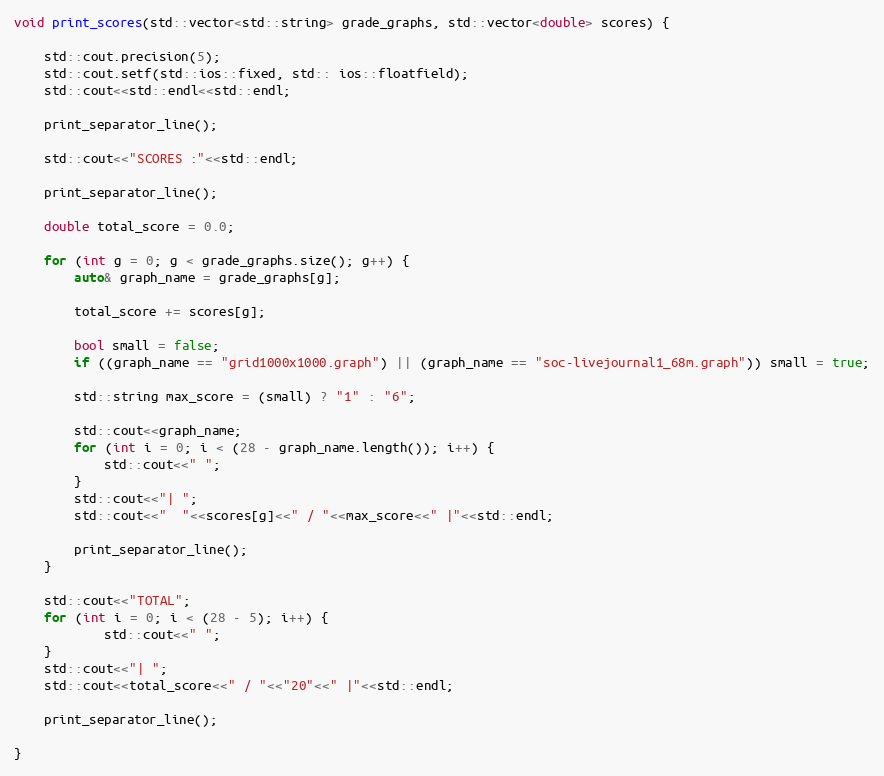
Language: C++
void print_scores(std::vector<std::string> grade_graphs, std::vector<double> scores) {

    std::cout.precision(5);
    std::cout.setf(std::ios::fixed, std:: ios::floatfield);
    std::cout<<std::endl<<std::endl;

    print_separator_line();

    std::cout<<"SCORES :"<<std::endl;

    print_separator_line();

    double total_score = 0.0;

    for (int g = 0; g < grade_graphs.size(); g++) {
        auto& graph_name = grade_graphs[g];

        total_score += scores[g];

        bool small = false;
        if ((graph_name == "grid1000x1000.graph") || (graph_name == "soc-livejournal1_68m.graph")) small = true;

        std::string max_score = (small) ? "1" : "6";

        std::cout<<graph_name;
        for (int i = 0; i < (28 - graph_name.length()); i++) {
            std::cout<<" ";
        }
        std::cout<<"| ";
        std::cout<<"  "<<scores[g]<<" / "<<max_score<<" |"<<std::endl;

        print_separator_line();
    }

    std::cout<<"TOTAL";
    for (int i = 0; i < (28 - 5); i++) {
            std::cout<<" ";
    }
    std::cout<<"| ";
    std::cout<<total_score<<" / "<<"20"<<" |"<<std::endl;

    print_separator_line();

}